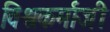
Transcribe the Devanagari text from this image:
विश्वकर्माजी